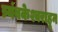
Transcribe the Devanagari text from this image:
त्र्यंबकेश्वराहून